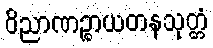
ဝိညာဏဉ္စာယတနသုတ္တံ